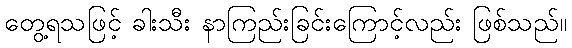
တွေ့ရသဖြင့် ခါးသီး နာကြည်းခြင်းကြောင့်လည်း ဖြစ်သည်။